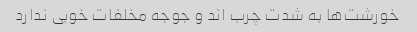
خورشت‌ها به شدت چرب اند و جوجه مخلفات خوبی ندارد